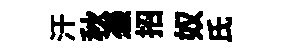
汗秋慿招奴氏